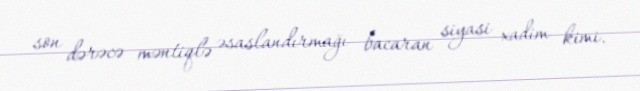
son dərəcə məntiqlə əsaslandırmağı bacaran siyasi xadim kimi.